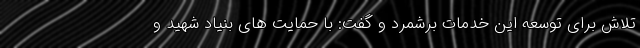
تلاش برای توسعه این خدمات برشمرد و گفت: با حمایت های بنیاد شهید و